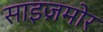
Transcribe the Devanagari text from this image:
साइज़मोर